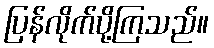
ပြန်လိုက်ပို့ကြသည်။